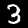
Label: 3